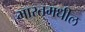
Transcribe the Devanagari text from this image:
भारतमधील